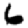
Digit: 6